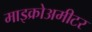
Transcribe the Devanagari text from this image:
माइक्रोअमीटर